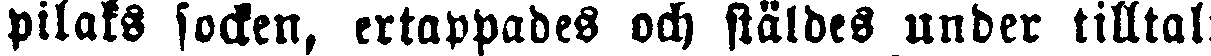
pilaks socken, ertappades och stäldes under tilltal